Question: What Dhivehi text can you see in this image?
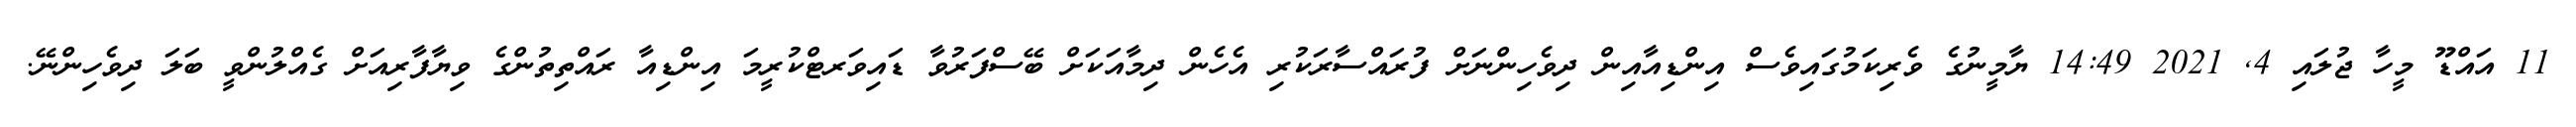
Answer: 11 އައްޑޫ މީހާ ޖުލައި 4, 2021 14:49 ޔާމީނުގެ ވެރިކަމުގައިވެސް އިންޑިއާއިން ދިވެހިންނަށް ފުރައްސާރަކުރި އެހެން ދިމާއަކަށް ބޭސްފަރުވާ ޑައިވަރޓްކުރީމަ އިންޑިއާ ރައްތިތުންގެ ވިޔާފާރިއަށް ގެއްލުންވީ ބަލަ ދިވެހިންނޭ.